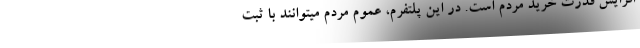
افزایش قدرت خرید مردم است. در این پلتفرم، عموم مردم میتوانند با ثبت